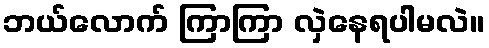
ဘယ်လောက် ကြာကြာ လှဲနေရပါမလဲ။